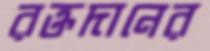
রক্তদানের